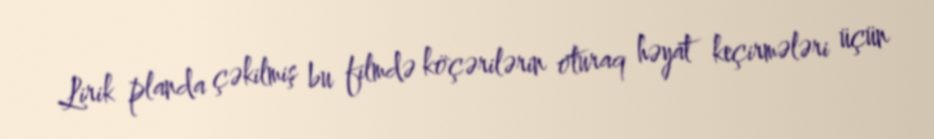
Lirik planda çəkilmiş bu filmdə köçərilərin oturaq həyat keçirmələri üçün